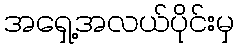
အရှေ့အလယ်ပိုင်းမှ